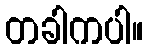
တခါကပါ။